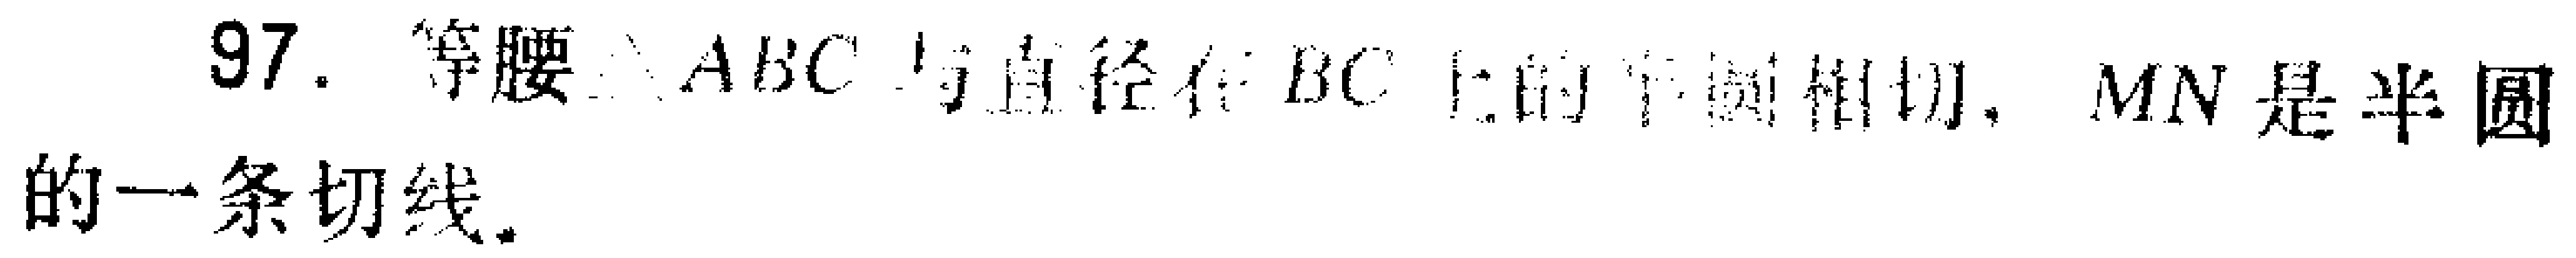
97. 等腰$\triangle ABC$与直径在$BC$上的半圆相切，$MN$是半圆的一条切线。